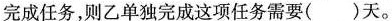
完成任务，则乙单独完成这项任务需要()天。